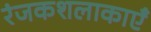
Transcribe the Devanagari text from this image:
रंजकशलाकाएँ